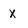
Character: X